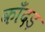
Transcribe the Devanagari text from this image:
काँदड़